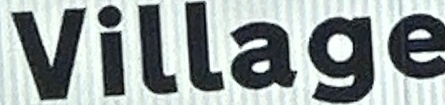
Village